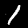
Digit: 1